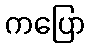
ကပြော